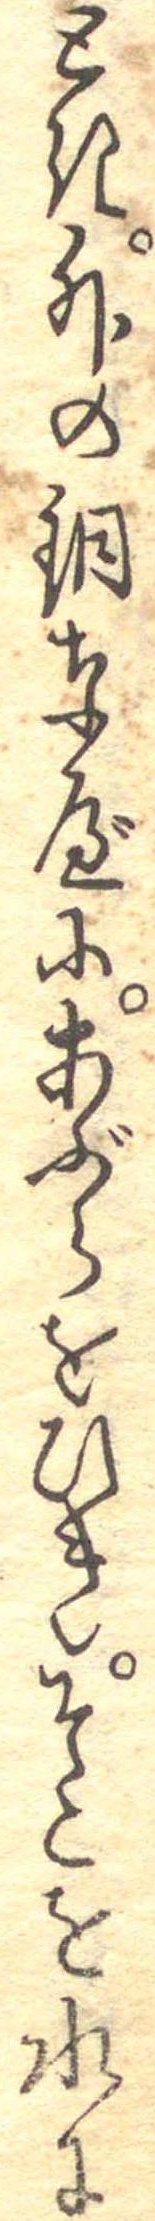
とき外の銅なべにあぶらをひきそこを水に